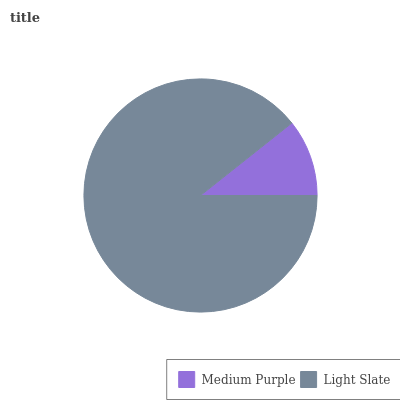
| Medium Purple | Light Slate |
 | --- | --- |
 | 10.7% | 89.3% |